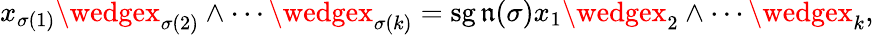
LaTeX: x_{\sigma(1)}\wedgex_{\sigma(2)}\wedge\cdots\wedgex_{\sigma(k)}=\operatorname{sg\mathfrak{n}}(\sigma)x_{1}\wedgex_{2}\wedge\cdots\wedgex_{k},